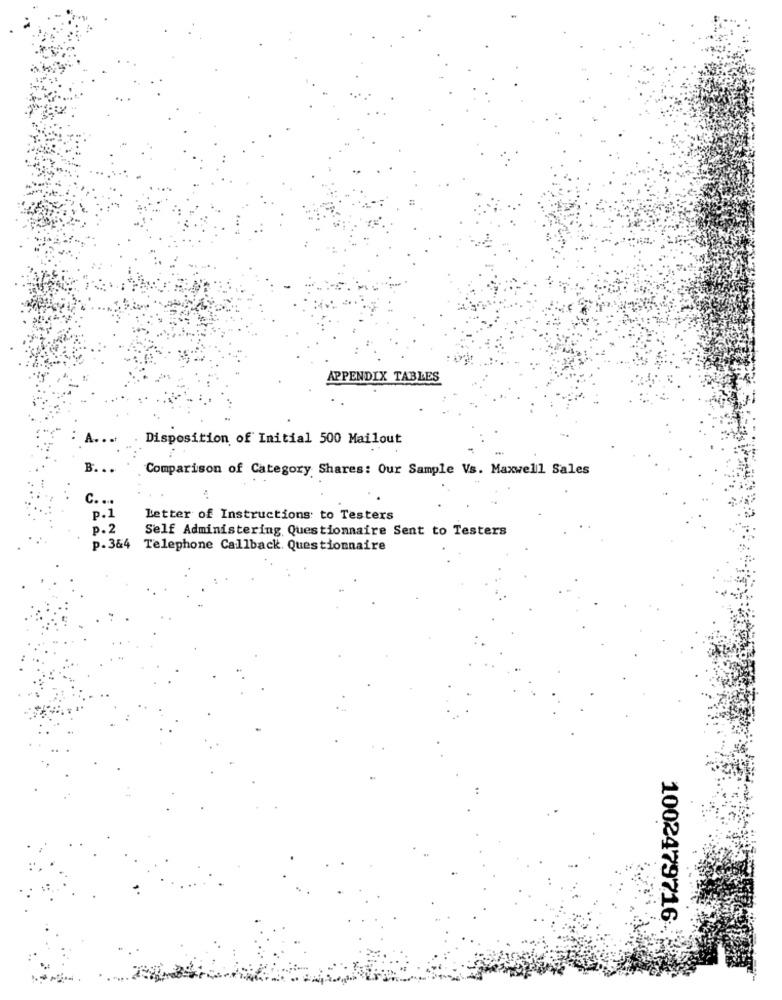
APPENDIX TABLES
Disposition of Initial 500 Mailout
B.
Comparison of Category Shares: Our Sample Vs. Maxwell Sales
c.
P.1
Letter of Instructions: to Testers
p.2
Self Administering Questionnaire Sent to Testers
p.3&4
Telephone Callback. Questionnaire
1002479716